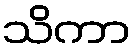
သိကာ